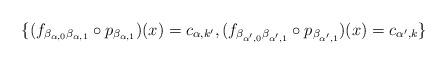
LaTeX: \begin{align*}\{(f_{\beta_{\alpha,0}\beta_{\alpha,1}} \circ p_{\beta_{\alpha,1}})(x) = c_{\alpha, k'}, (f_{\beta_{\alpha',0}\beta_{\alpha',1}}\circ p_{\beta_{\alpha',1}})(x) = c_{\alpha',k}\}\end{align*}